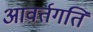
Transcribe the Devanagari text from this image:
आवर्तगति